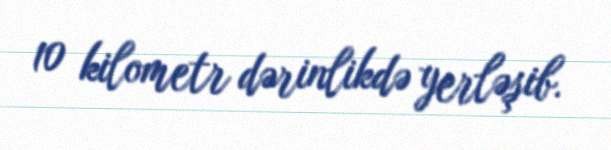
10 kilometr dərinlikdə yerləşib.